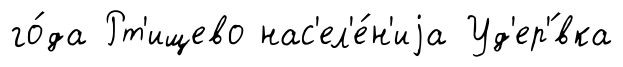
го́да Рт'ищево нас'ел'е́н'иjа Уд'ер'́вка